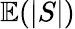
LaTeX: \mathbb{E}(|S|)